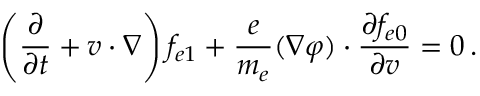
\left( \frac { \partial } { \partial t } + \boldsymbol { v \cdot \nabla } \right) f _ { e 1 } + \frac { e } { m _ { e } } ( \boldsymbol { \nabla } \varphi ) \boldsymbol { \cdot } \frac { \partial f _ { e 0 } } { \partial \boldsymbol { v } } = 0 \, .